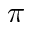
\pi